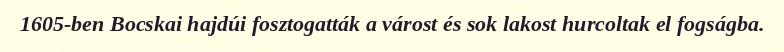
1605-ben Bocskai hajdúi fosztogatták a várost és sok lakost hurcoltak el fogságba.